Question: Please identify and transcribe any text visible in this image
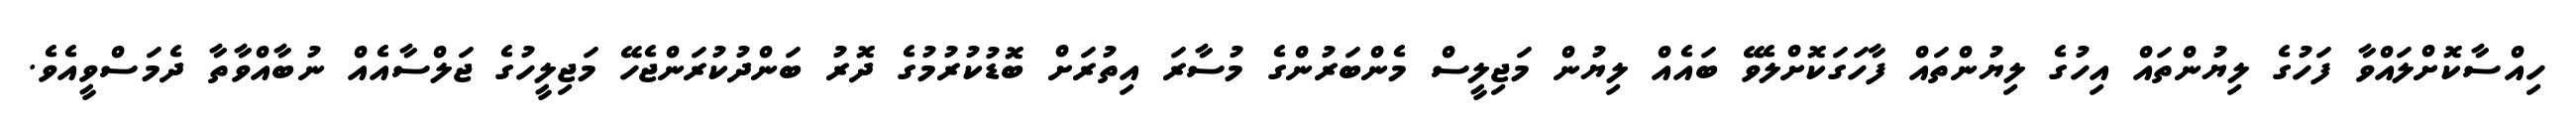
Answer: ހިއްސާކޮށްލައްވާ ފަހުގެ ލިޔުންތައް އިހުގެ ލިޔުންތައް ފާހަގަކޮށްލެވޭ ބައެއް ލިޔުން މަޖިލީސް މެންބަރުންގެ މުސާރަ އިތުރަށް ބޮޑުކުރުމުގެ ދޮރު ބަންދުކުރަންޖެހޭ މަޖިލީހުގެ ޖަލްސާއެއް ނުބާއްވާތާ ދެމަސްވީއެވެ.